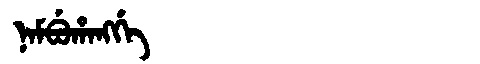
Manchu: ᠨᠠᠮᠪᡠᡥᠠᠩᡤᡝ
Romanization: NAMBUHANGGE